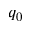
q _ { 0 }